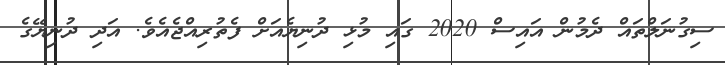
ސިގުނަލްތައް ދެމުން އައިސް 2020 ގައި މުޅި ދުނިޔެއަށް ފެތުރިއްޖެއެވެ. އަދި ދުނިޔޭގެ